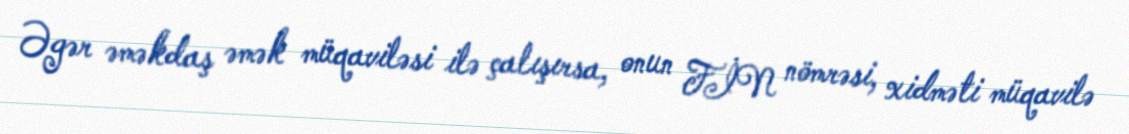
Əgər əməkdaş əmək müqaviləsi ilə çalışırsa, onun FİN nömrəsi, xidməti müqavilə